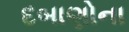
દબાણોના